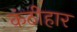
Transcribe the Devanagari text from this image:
कंठीहार